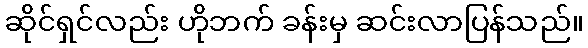
ဆိုင်ရှင်လည်း ဟိုဘက် ခန်းမှ ဆင်းလာပြန်သည်။